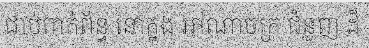
ជាប់ពាក់ព័ន្ធ នៅក្នុង អាណាចក្រ ជំនួញ ដ៏